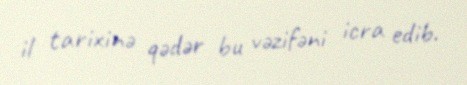
il tarixinə qədər bu vəzifəni icra edib.